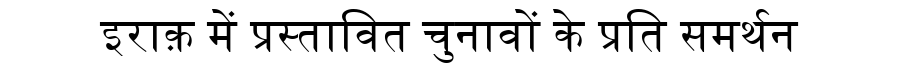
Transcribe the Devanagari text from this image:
इराक़ में प्रस्तावित चुनावों के प्रति समर्थन